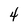
Character: 4